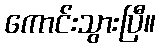
ကောင်းသွားပြီ။